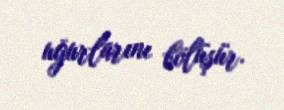
uğurlarını bölüşür.